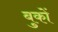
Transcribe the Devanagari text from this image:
बुकों